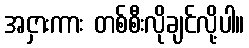
အငှားကား တစ်စီးလိုချင်လို့ပါ။